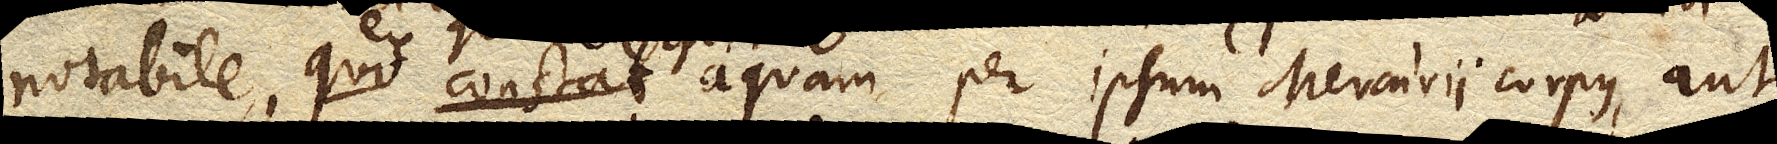
notabile, quo constat aquam per ipsum Mercurii corpus, aut